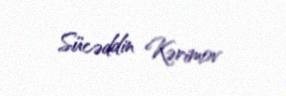
Sücəddin Kərimov